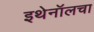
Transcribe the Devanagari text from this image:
इथेनॉलचा